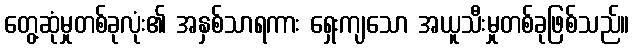
တွေ့ဆုံမှုတစ်ခုလုံး၏ အနှစ်သာရကား ရှေးကျသော အယူသီးမှုတစ်ခုဖြစ်သည်။